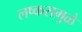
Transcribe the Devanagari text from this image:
लष्करामुळे